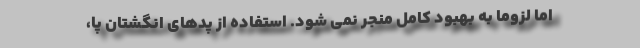
اما لزوما به بهبود کامل منجر نمی شود. استفاده از پدهای انگشتان پا،